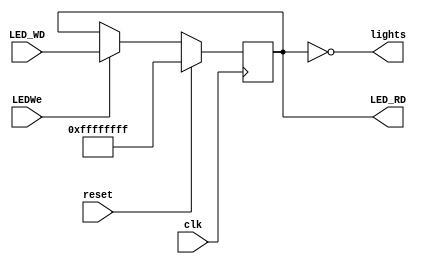
module LED(clk,reset,LEDWe,LED_WD,LED_RD,lights);
//input
    input clk;
    input reset;

    input LEDWe;

    input [31:0] LED_WD;
//output
    output [31:0] LED_RD;

    output [31:0] lights;

//sequential logic
    reg [31:0] data;

    assign LED_RD=data;
    assign lights=~data;

    always @(posedge clk)
        begin
            if(reset)data<=32'hffffffff;
            else if(LEDWe)data<=LED_WD;
            else data<=data;
        end

endmodule